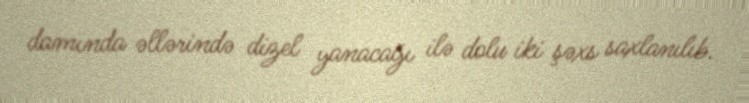
damında əllərində dizel yanacağı ilə dolu iki şəxs saxlanılıb.